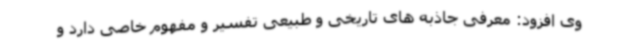
وی افزود: معرفی جاذبه های تاریخی و طبیعی تفسیر و مفهوم خاصی دارد و